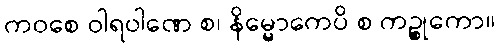
ကဝစေ ဝါရဝါဏေ စ၊ နိမ္မောကေပိ စ ကဉ္စုကော။